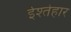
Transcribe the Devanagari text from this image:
ईश्तेहार